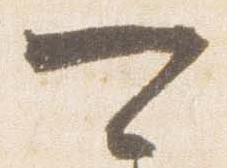
可